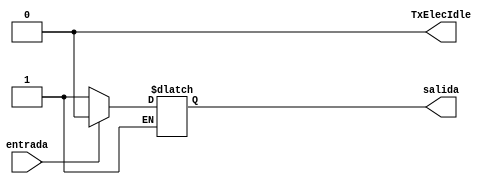
`timescale 1ns/1ps


module diferencialReceptor(
//  rst,
//  enb,
  entrada, // D+
  salida,  //bit de salida serial
  TxElecIdle //se pone en 1 si detecta un voltaje de 0 en la entrada, en este modulo, z
  );

  //parametro para selecionar posicion en la memoria de contador
  parameter PwrC=0;

//  input wire rst, enb;
  input wire entrada;
  output reg TxElecIdle, salida;
//  output reg salida = 0;

//Variables internas
//  reg entradaAnterior;

  always @ ( * )begin
	if (entrada == 1 | entrada == 0) begin
		TxElecIdle = 0;
		if (entrada == 1) salida = 0;
		else salida = 1;
	end
		else TxElecIdle = 1;
end

//Codigo de intrumentacion para el conteo de transiciones
//para solo contar transiciones en conductual, sin modificar la libreria
`ifdef SIMULATION_conductual
  always @(posedge salida) testbench_P1.probador.m1.PwrCntr[PwrC]<=testbench_P1.probador.m1.PwrCntr[PwrC]+1;
  always @(posedge TxElecIdle) testbench_P1.probador.m1.PwrCntr[PwrC]<=testbench_P1.probador.m1.PwrCntr[PwrC]+1;
`endif
endmodule